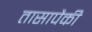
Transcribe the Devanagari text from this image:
तासापैकी